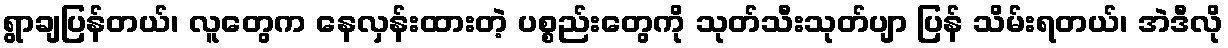
ရွာချပြန်တယ်၊ လူတွေက နေလှန်းထားတဲ့ ပစ္စည်းတွေကို သုတ်သီးသုတ်ပျာ ပြန် သိမ်းရတယ်၊ အဲဒီလို